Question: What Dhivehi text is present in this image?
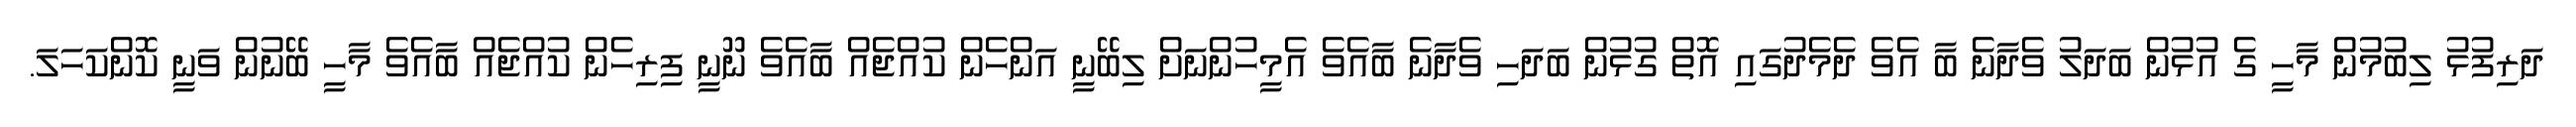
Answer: ދަރިފުޅު ލިބުމުން މާހީ ގެ އުޅުން ބަދަލު ވެދާނެ ބާ އެވެ ދެމެދުގައި އޮތް ގުޅުން ބަދަހި ވެދާނެ ބާއެވެ އެމީހުންނަށް ލިބޭނީ އަންހެން ކުއްޖެއް ބާއެވެ ނޫނީ ފިރިހެން ކުއްޖެއް ބާއެވެ މާހީ ބޭނުން ވަނީ ކޮންކަހަލަ.